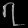
Digit: ၇